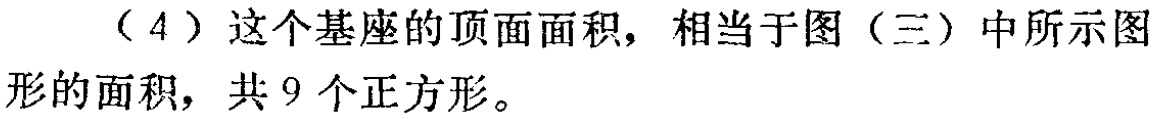
（4）这个基座的顶面面积，相当于图（三）中所示图形的面积，共 9 个正方形。